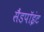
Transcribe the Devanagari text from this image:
सैंडपॉइंट